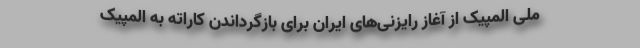
ملی المپیک از آغاز رایزنی‌های ایران برای بازگرداندن کاراته به المپیک